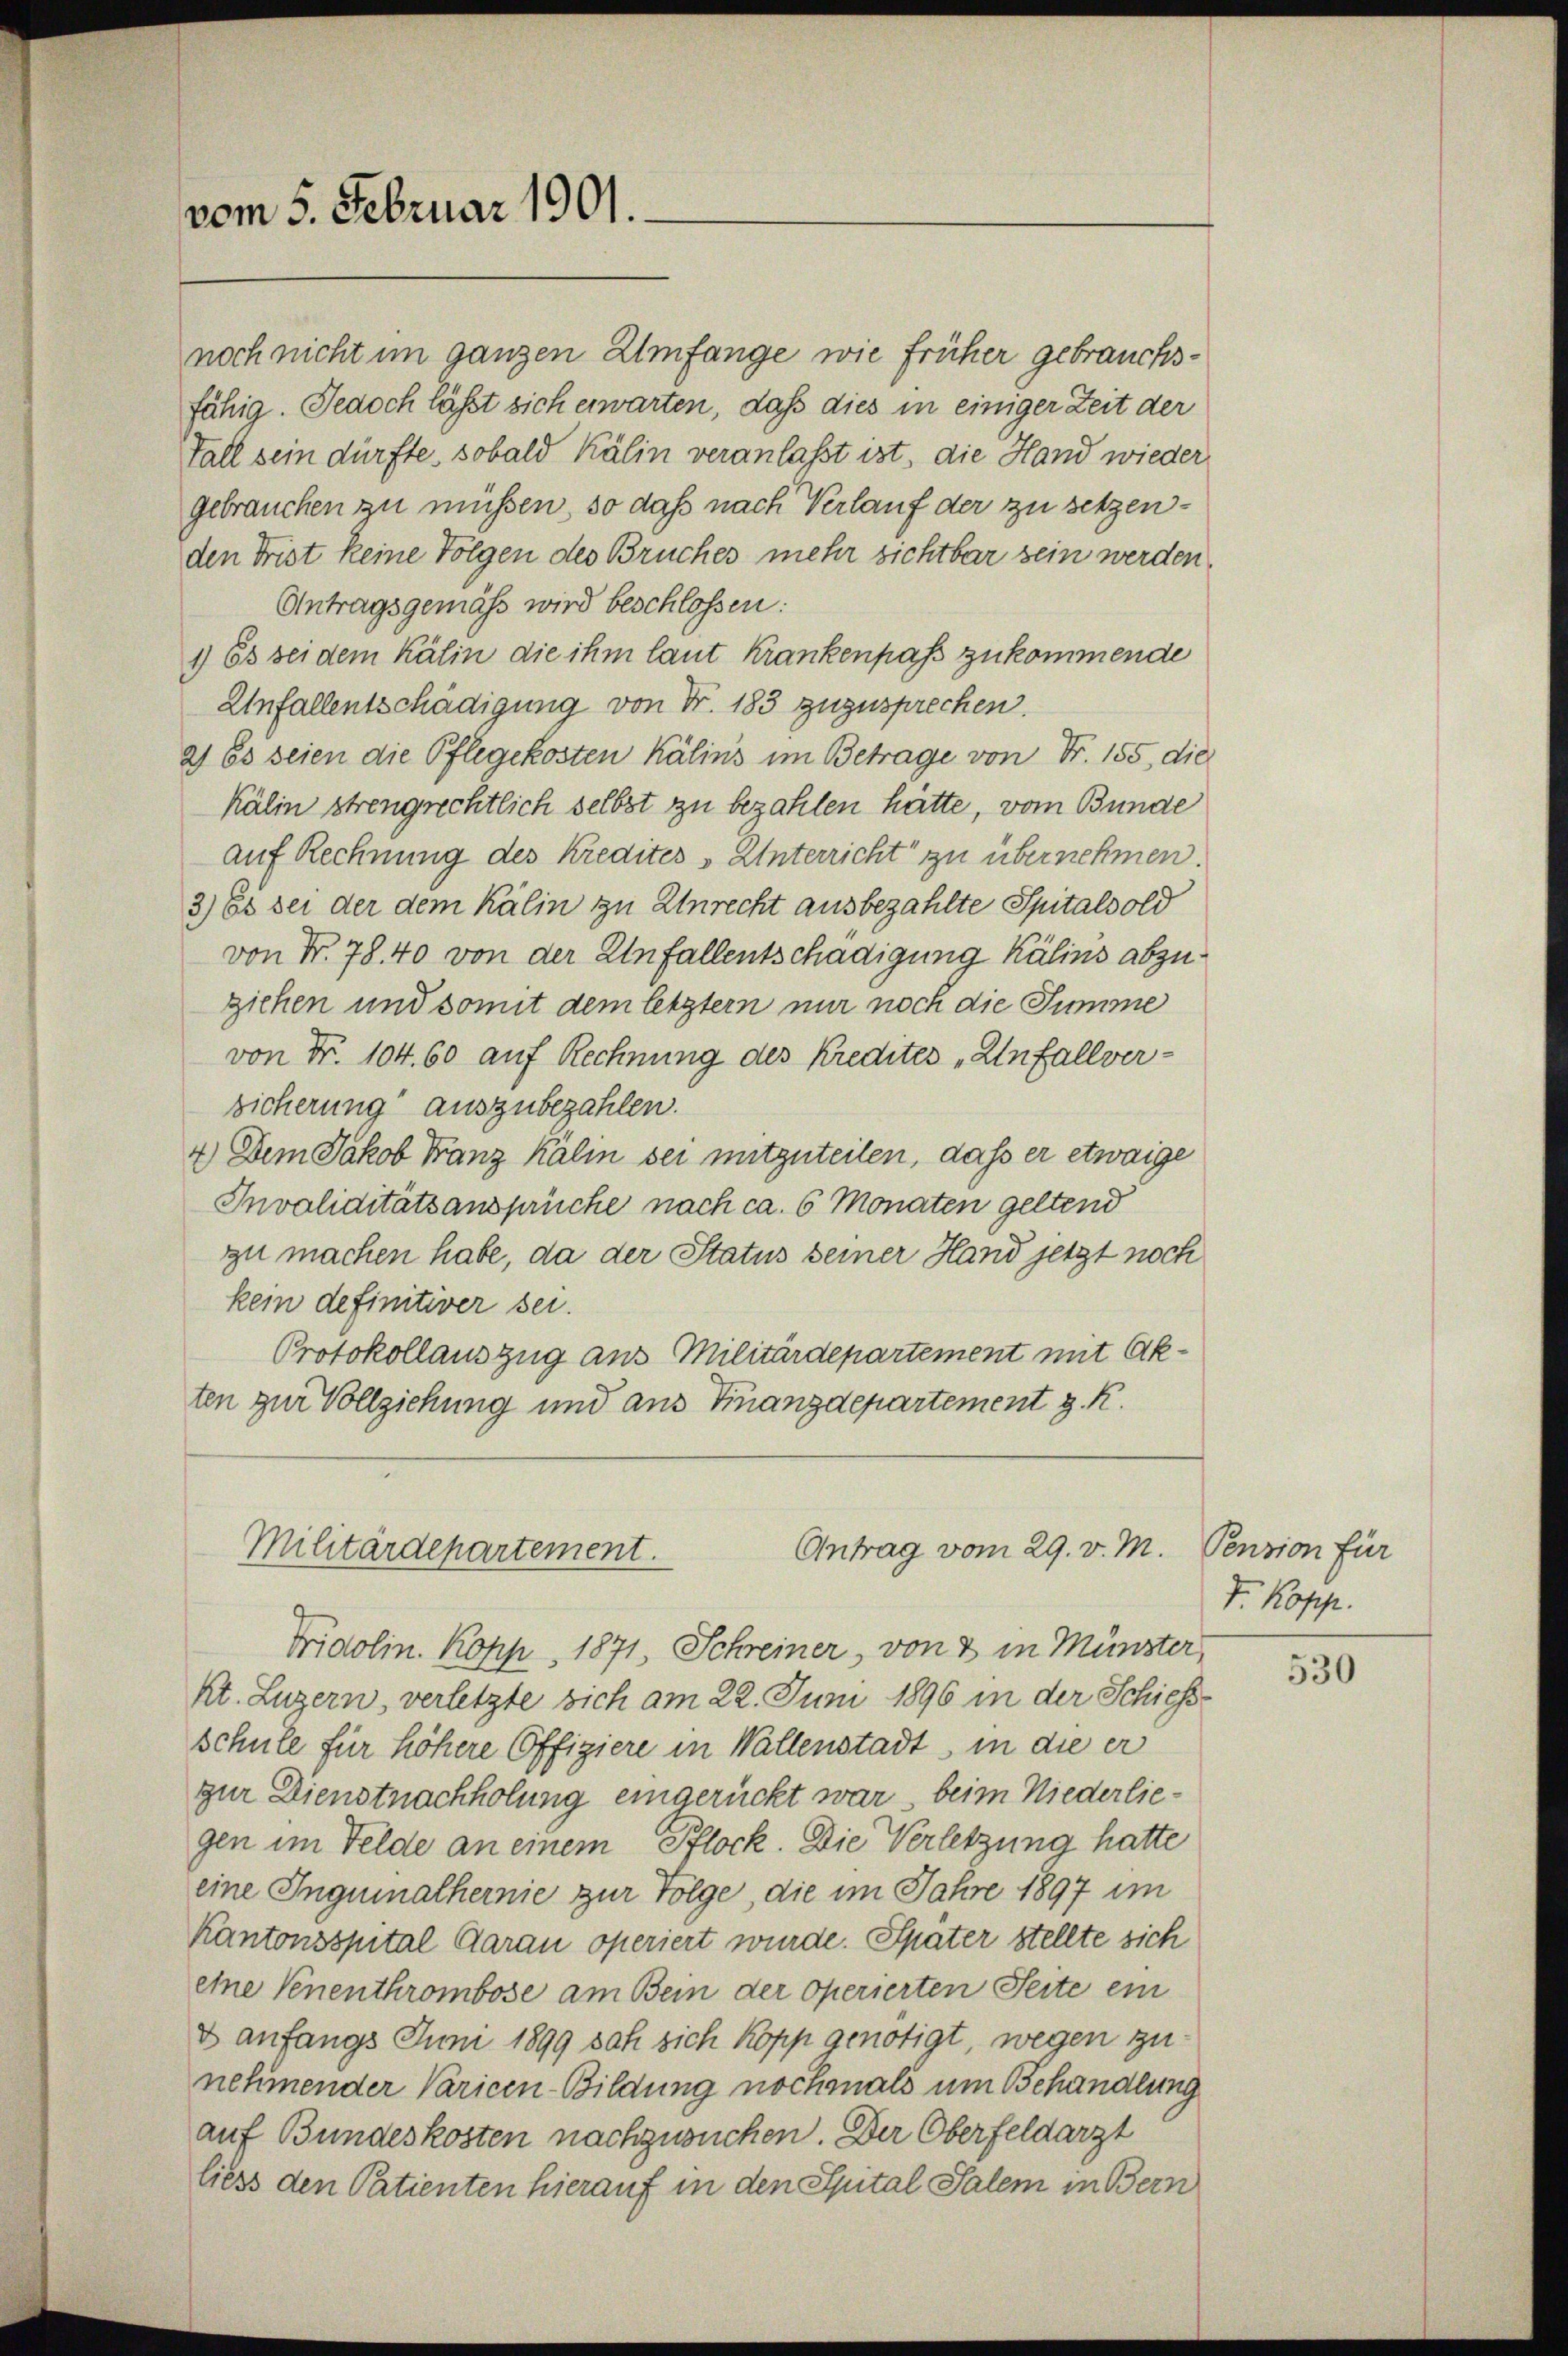
vom 5. Februar 1901.

noch nicht im ganzen Umfange wie früher gebrauchsfähig. Jedoch läßt sich erwarten, daß dies in einiger Zeit der
Fall sein dürfte, sobald Kälin veranlaßt ist, die Hand wieder
gebrauchen zu müssen, so daß nach Verlauf der zu setzenden Frist keine Folgen des Bruches mehr sichtbar sein werden.
Antragsgemäss wird beschlossen:
1) Es sei dem Kälin die ihm laut Krankenpass zukommende
Unfallentschädigung von Fr. 183 zuzusprechen.
2) Es seien die Pflegekosten Kälins im Betrage von Fr. 155, die
Kälin strengrechtlich selbst zu bezahlen hätte, vom Bunde
auf Rechnung des Kredites Unterricht zu übernehmen.
3) Es sei der dem Kälin zu Unrecht ausbezahlte Spitalsold
von Nr. 78. 40 von der Unfallentschädigung Kälins abzuziehen und somit dem letztern nur noch die Summe
von Fr. 104. 60 auf Rechnung des Kredites „Unfallver-
sicherung“ auszubezahlen.
4.) Dem Jakob Franz Kälin sei mitzuteilen, dass er etwaige
Invaliditätsansprüche nach ca. 6 Monaten geltend
zu machen habe, da der Status seiner Hand jetzt noch
kein definitiver sei.
Protokollauszug aus Militärdepartement mit Ak-
ten zur Vollziehung und aus Finanzdepartement z. R.

Antrag vom 29. v. M.
Militärdepartement.

Fridolin. Kopp, 1871, Schreiner, von 2 in Münster,
kt. Luzern, verletzte sich am 22. Juni 1896 in der Schiess-
schule für höhere Offiziere in Wallenstadt in die er
zur Dienstnachholung eingerückt war, beim Niederliegen im Felde an einem Pflock. Die Verletzung hatte
eine Inquinalheinie zur Folge, die im Jahre 1897 im
Kantonsspital darau operiert wurde. Später stellte sich
eine Venenthrombose am Bein der operierten Seite ein
& anfangs Juni 1899 sah sich kopp genötigt, wegen zunehmender Varicen-Bildung nochmals um Behandlung
auf Bundeskosten nachzusuchen. Der Oberfeldarzt
liess den Patienten hierauf in den Spital Salem in Bern

Pension für
V. Kopp.

530